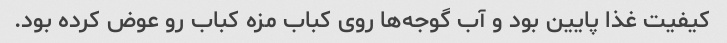
کیفیت غذا پایین بود و آب گوجه‌ها روی کباب مزه کباب رو عوض کرده بود.